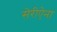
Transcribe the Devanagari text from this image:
सेरीऐना